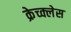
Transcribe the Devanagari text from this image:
क्रेच्क्लेस